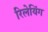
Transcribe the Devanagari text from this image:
रिलेयिंग